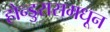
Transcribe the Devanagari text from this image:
होन्डुरासमधून